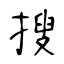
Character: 搜